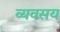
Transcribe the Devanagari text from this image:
व्यवसय